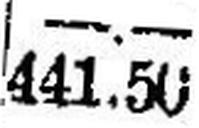
441.50